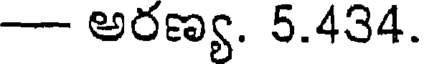
- అరణ్య. 5.434.